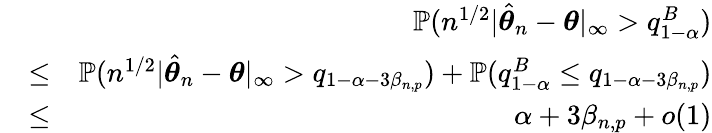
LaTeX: \begin{array}{rlr}&{}&{{\mathbb{P}}(n^{1/2}|\hat{{\boldsymbol\theta}}_{n}-{\boldsymbol\theta}|_{\infty}>q_{1-\alpha}^{B})}\\ &{\leq}&{{\mathbb{P}}(n^{1/2}|\hat{{\boldsymbol\theta}}_{n}-{\boldsymbol\theta}|_{\infty}>q_{1-\alpha-3\beta_{n,p}})+{\mathbb{P}}(q_{1-\alpha}^{B}\leq q_{1-\alpha-3\beta_{n,p}})}\\ &{\leq}&{\alpha+3\beta_{n,p}+o(1)}\end{array}